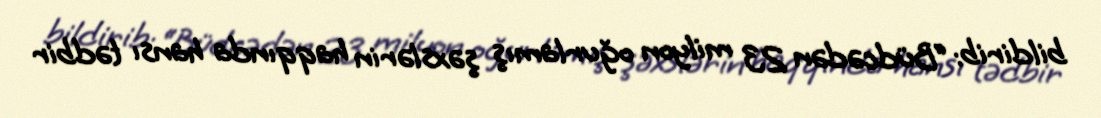
bildirib: “Büdcədən 23 milyon oğurlamış şəxslərin haqqında hansı tədbir